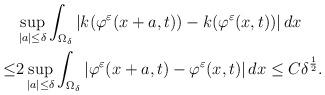
LaTeX: \begin{align*}&\sup _{|a|\leq\delta} \int _{\Omega_\delta} |k(\varphi^\varepsilon (x+a,t) )-k(\varphi ^\varepsilon (x,t))| \, dx\\\leq&2\sup _{|a|\leq\delta} \int _{\Omega_\delta} |\varphi^\varepsilon (x+a,t) -\varphi ^\varepsilon (x,t)| \, dx \leq C \delta^{\frac{1}{2}}.\end{align*}